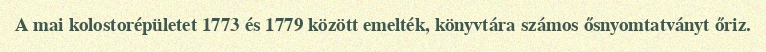
A mai kolostorépületet 1773 és 1779 között emelték, könyvtára számos ősnyomtatványt őriz.